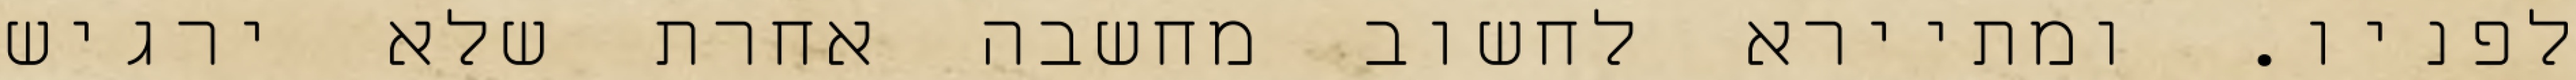
לפניו. ומתיירא לחשוב מחשבה אחרת שלא ירגיש